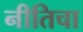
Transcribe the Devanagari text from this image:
नीतिचा